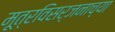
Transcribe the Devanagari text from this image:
मूत्रविसर्जनाच्या